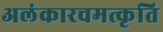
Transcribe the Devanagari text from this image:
अलंकारचमत्कृति